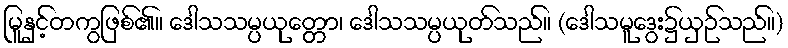
မြူနှင့်တကွဖြစ်၏။ ဒေါသသမ္ပယုတ္တော၊ ဒေါသသမ္ပယုတ်သည်။ (ဒေါသမူဒွေး၌ယှဉ်သည်။)